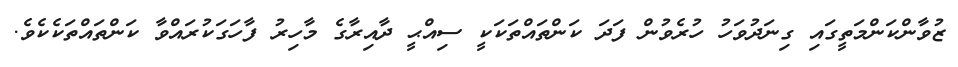
ޒުވާންކަންމަތީގައި ގިނަދުވަހު ހުރެވުން ފަދަ ކަންތައްތަކަކީ ސިއްޙީ ދާއިރާގެ މާހިރު ފާހަގަކުރައްވާ ކަންތައްތަކެކެވެ.